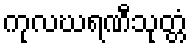
ကုလဃရဏီသုတ္တံ